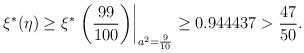
LaTeX: \begin{align*}\xi^* (\eta) \ge \xi^*\left.\left(\frac{99}{100}\right)\right|_{a^2 = \frac{9}{10}} \geq 0.944437 > \frac{47}{50}. \end{align*}